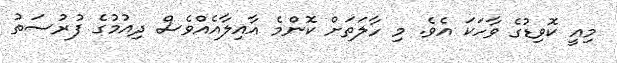
މިއީ ކޮވިޑުގެ ވާހަކަ އެވެ. މި ހާލަތަށް ކޮންމެ އާއިލާއެއްވެސް ދިއުމުގެ ފުރުސަތު